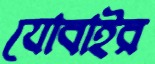
যোবাইর